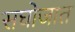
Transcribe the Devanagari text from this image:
सघोजात